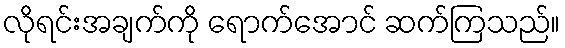
လိုရင်းအချက်ကို ရောက်အောင် ဆက်ကြသည်။